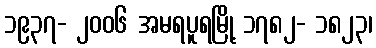
၁၉၃၇- ၂၀၀၆ အမရပူရမြို့ ၁၇၈၂- ၁၈၂၃၊